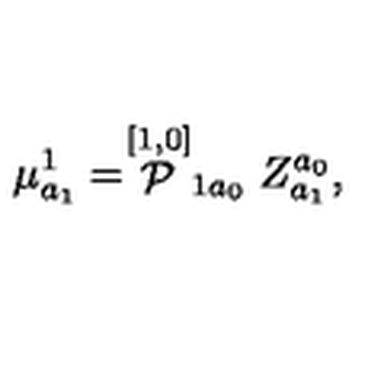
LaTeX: \mu _ { a _ { 1 } } ^ { 1 } = \stackrel { [ 1 , 0 ] } { \cal P } _ { 1 a _ { 0 } } Z _ { a _ { 1 } } ^ { a _ { 0 } } ,